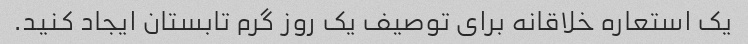
یک استعاره خلاقانه برای توصیف یک روز گرم تابستان ایجاد کنید.